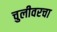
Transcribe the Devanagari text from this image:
चुलीवरचा